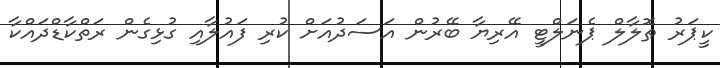
ކީޕަރު ޠޮލާލް ޕެނަލްޓީ އޭރިޔާ ބޭރުން އަސަދުއަށް ކުރި ފައުލާއި ގުޅިގެން ރަތްކާޑްދައްކާ